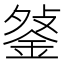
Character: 𨧔